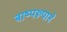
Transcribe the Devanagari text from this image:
बाष्परूपाने